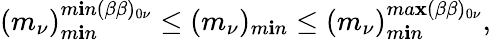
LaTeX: (m_{\nu})_{m\mathbf{i}n}^{m\mathbf{i}n(\beta\beta)_{0\nu}}\leq(m_{\nu})_{m\mathbf{i}n}\leq(m_{\nu})_{m\mathbf{i}n}^{ma\mathbf{x}(\beta\beta)_{0\nu}},